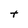
Character: t